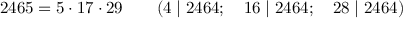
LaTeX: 2 4 6 5 = 5 \cdot 1 7 \cdot 2 9 \qquad ( 4 \mid 2 4 6 4 ; \quad 1 6 \mid 2 4 6 4 ; \quad 2 8 \mid 2 4 6 4 )